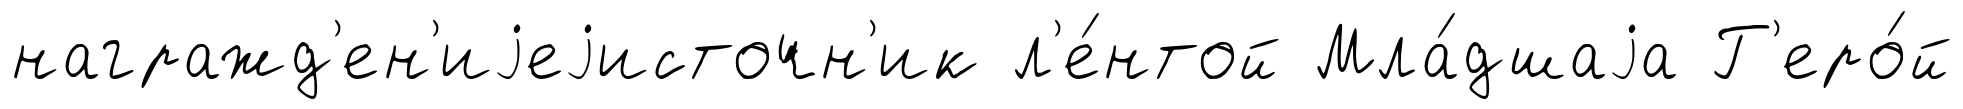
награжд'ен'иjеjисточн'ик л'е́нтой Мла́дшаjа Г'еро́й